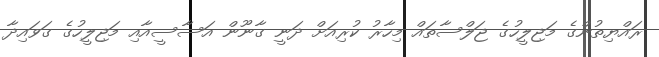
ރައްޔިތުންގެ މަޖިލީހުގެ ޖަލްސާތައް މިހާރު ކުރިއަށް ދަނީ ގާނޫން އަސާސީއާއި މަޖިލީހުގެ ގަވައިދާ